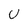
Character: U